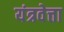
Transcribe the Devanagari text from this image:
यंत्रवेत्ता